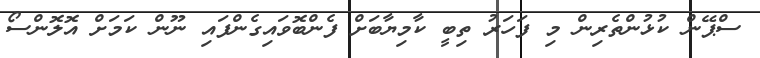
ސްޕޭން ކުޅުންތެރިން މި ފަހަރު ތިބީ ކާމިޔާބަށް ފެންބޮވައިގެންފައި ނޫން ކަމަށް އޮލޮންސޯ